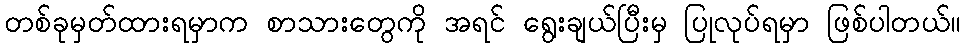
တစ်ခုမှတ်ထားရမှာက စာသားတွေကို အရင် ရွေးချယ်ပြီးမှ ပြုလုပ်ရမှာ ဖြစ်ပါတယ်။